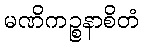
မဏိကဉ္စနာစိတံ